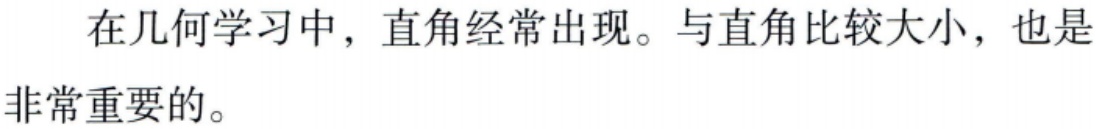
在几何学习中，直角经常出现。与直角比较大小，也是非常重要的。